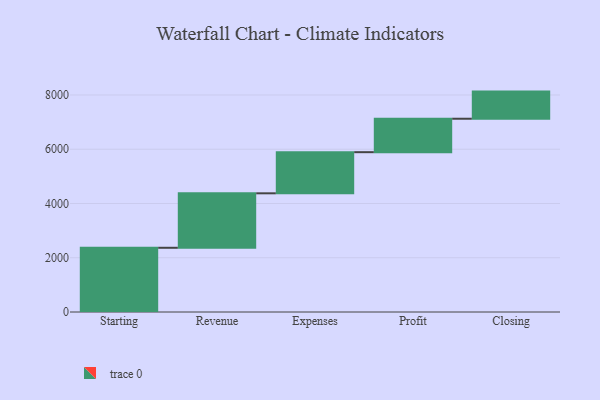
{"axis": {"x": "Step", "y": "Value"}, "legend": [""], "data": [{"x": "Starting", "y": 2367.0, "type": ""}, {"x": "Revenue", "y": 2008.0, "type": ""}, {"x": "Expenses", "y": 1516.0, "type": ""}, {"x": "Profit", "y": 1233.0, "type": ""}, {"x": "Closing", "y": 1000, "type": ""}]}